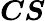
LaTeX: {\boldsymbol{C}}{\boldsymbol{S}}